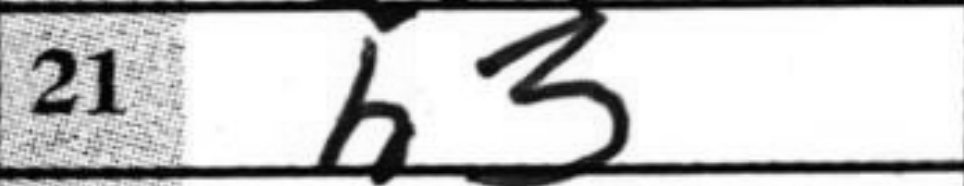
Transcription: h3